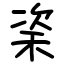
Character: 秶